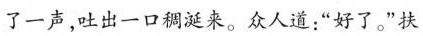
了一声，吐出一口稠涎来。众人道：“好了。”扶